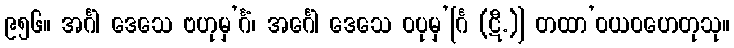
၉၅၆။ အင်္ဂါ ဒေသေ ဗဟုမှ’င်္ဂံ၊ အင်္ဂေါ ဒေသေ ဝပုမှ’[င်္ဂ (ဋီ.)] တထာ’ဝယဝဟေတုသု။